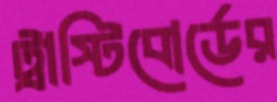
ট্রাস্টিবোর্ডের